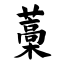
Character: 藁